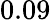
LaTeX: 0.09